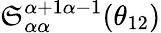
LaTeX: \mathfrak{S}_{\alpha\alpha}^{\alpha+1\alpha-1}(\theta_{12})